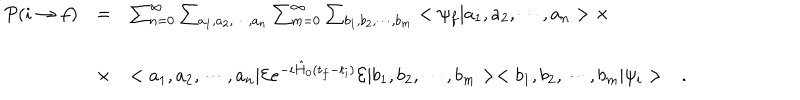
LaTeX: \begin{array} { c c l } { { P ( i \rightarrow f ) } } & { { = } } & { { \sum _ { n = 0 } ^ { \infty } \sum _ { a _ { 1 } , a _ { 2 } , \cdots , a _ { n } } \sum _ { m = 0 } ^ { \infty } \sum _ { b _ { 1 } , b _ { 2 } , \cdots , b _ { m } } < \psi _ { f } | a _ { 1 } , a _ { 2 } , \cdots , a _ { n } > \times } } \\ { { } } & { { \times } } & { { < a _ { 1 } , a _ { 2 } , \cdots , a _ { n } | { \cal E } e ^ { - i \hat { H } _ { 0 } ( t _ { f } - t _ { i } ) } { \cal E } | b _ { 1 } , b _ { 2 } , \cdots , b _ { m } > < b _ { 1 } , b _ { 2 } , \cdots , b _ { m } | \psi _ { i } > \ \ \ . } } \\ \end{array}